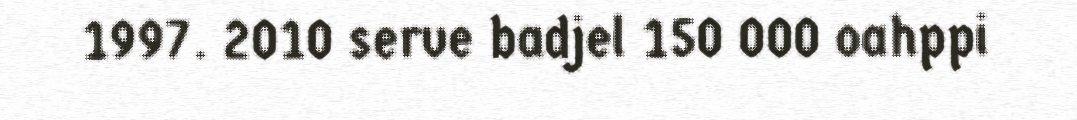
1997. 2010 serve badjel 150 000 oahppi